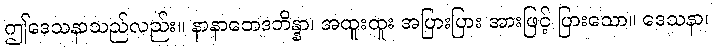
ဤဒေသနာသည်လည်း။ နာနာဘေဒဘိန္နာ၊ အထူးထူး အပြားပြား အားဖြင့် ပြားသော။ ဒေသနာ၊